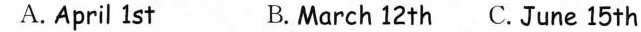
A. April 1 st B. March 12 th C.June 15 th